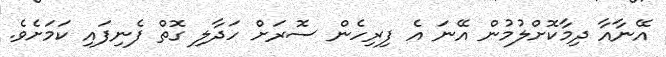
އޭނާއާ ދިމާކޮށްލުމުން އޭނަ އެ ފިރިހެން ސޮރަށް ހަދާލި ގޮތް ފެނިފައި ކަމަށެވެ.